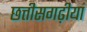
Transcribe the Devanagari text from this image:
छत्तीसगढ़ीयां